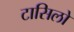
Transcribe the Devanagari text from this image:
टासिलो